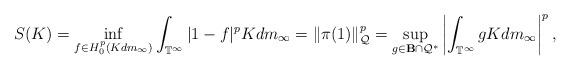
LaTeX: \begin{align*}S(K)=\inf_{f\in H_0^p(Kdm_\infty)}\int_{\mathbb{T}^\infty}|1-f|^pK dm_{\infty}=\|\pi(1)\|_{\mathcal{Q}}^p=\sup_{g\in \mathbf{B}\cap \mathcal{Q}^{*}}\left|\int_{\mathbb{T}^\infty}gK dm_\infty\right|^p,\end{align*}